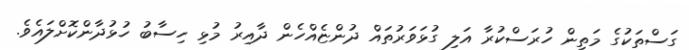
ގަސްތަކުގެ މަތިން ހުރަސްކުރާ އަލި ގުޅަވަރުތައް ދުންޏެއްހެން ދާއިރު މުޅި ހިސާބު ހުޅުދާންކޮށްލައެވެ.